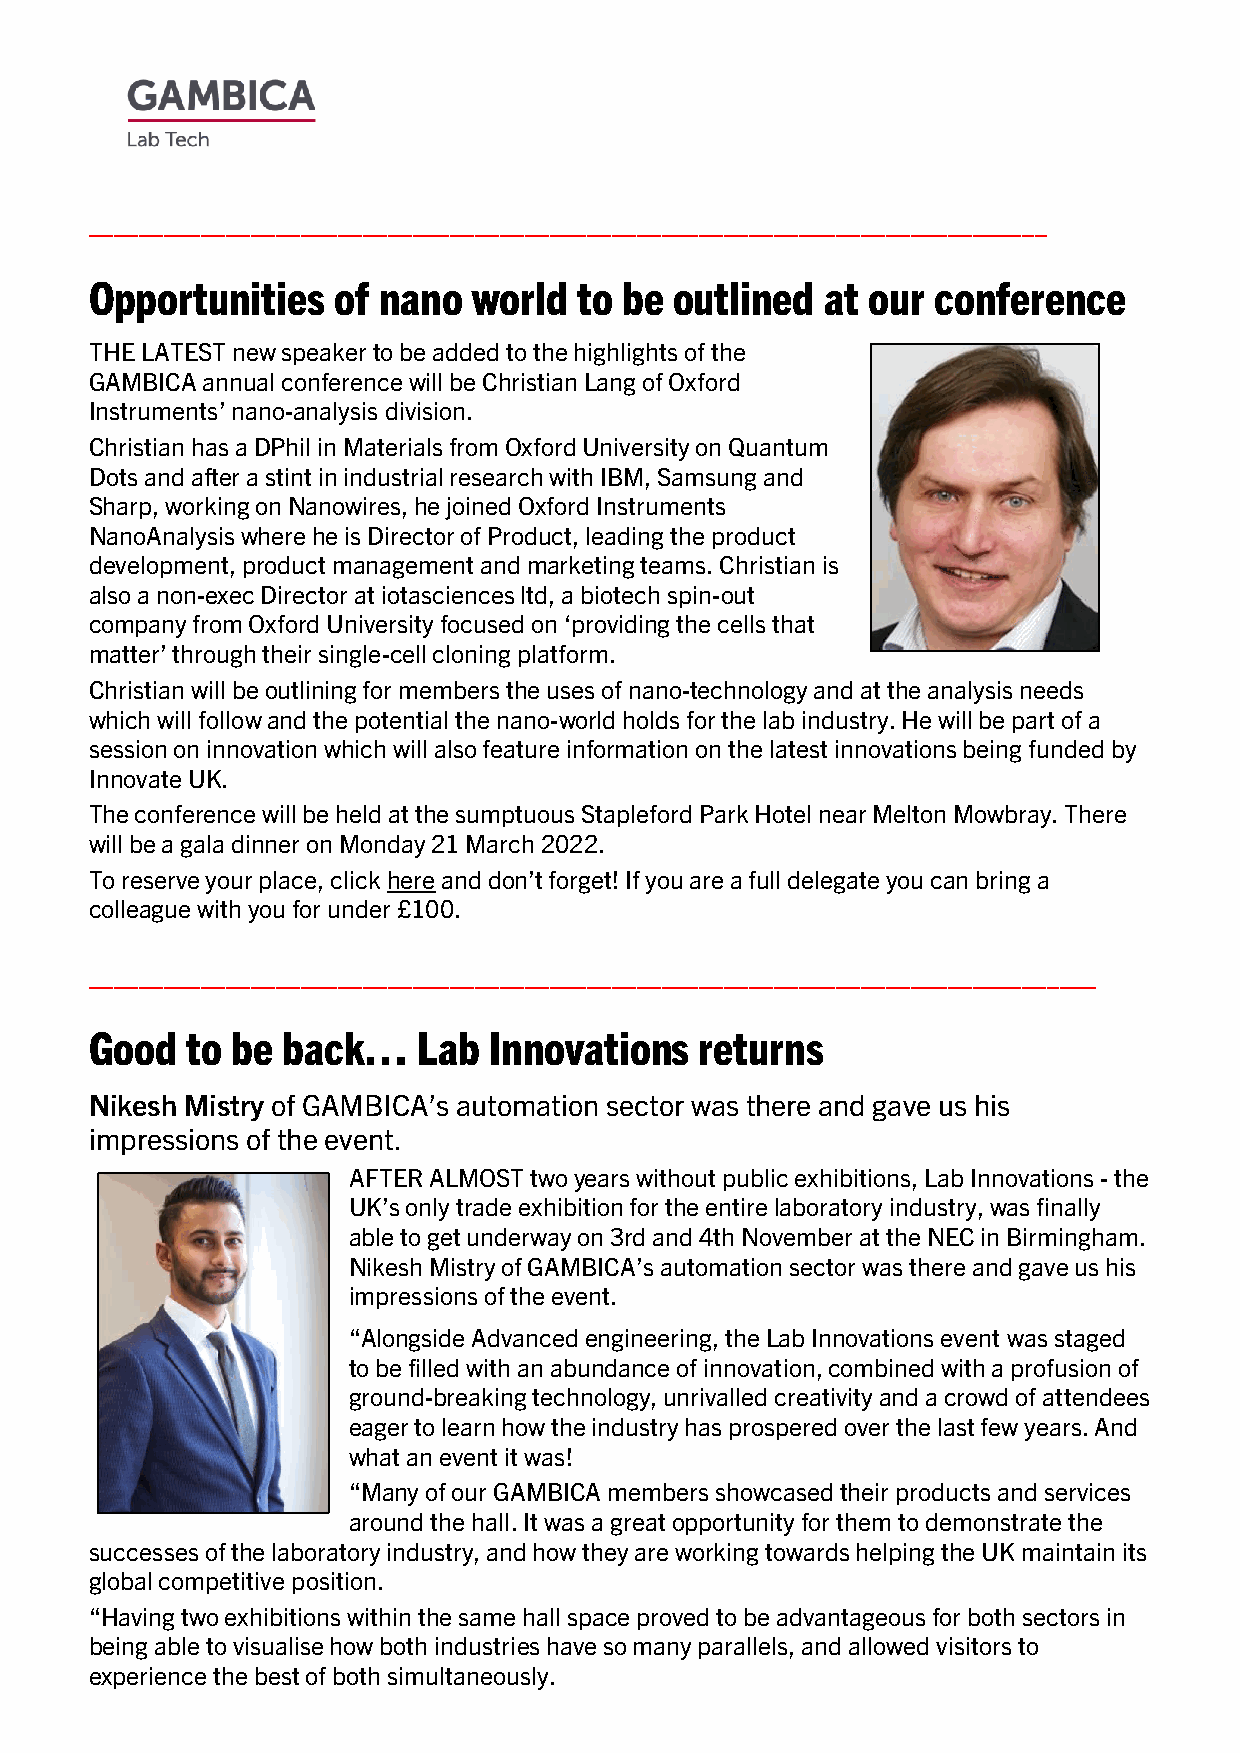
_____________________________________________________________________________
 Opportunities   of nano  world  to be  outlined  at our conference
 THE LATEST new speaker to be added to the highlights of the
 GAMBICA annual conference will be Christian Lang of Oxford
 Instruments’ nano-analysis division.
 Christian has a DPhil in Materials from Oxford University on Quantum
 Dots and after a stint in industrial research with IBM, Samsung and
 Sharp, working on Nanowires, he joined Oxford Instruments
 NanoAnalysis where he is Director of Product, leading the product
 development, product management and marketing teams. Christian is
 also a non-exec Director at iotasciences ltd, a biotech spin-out
 company from Oxford University focused on ‘providing the cells that
 matter’ through their single-cell cloning platform.
 Christian will be outlining for members the uses of nano-technology and at the analysis needs
 which will follow and the potential the nano-world holds for the lab industry. He will be part of a
 session on innovation which will also feature information on the latest innovations being funded by
 Innovate UK.
 The conference will be held at the sumptuous Stapleford Park Hotel near Melton Mowbray. There
 will be a gala dinner on Monday 21 March 2022.
 To reserve your place, click here and don’t forget! If you are a full delegate you can bring a
 colleague with you for under £100.
 _________________________________________________________________________________
 Good  to be  back…    Lab Innovations   returns
 Nikesh Mistry of GAMBICA’s automation sector was there and gave us his
 impressions of the event.
 AFTER ALMOST two years without public exhibitions, Lab Innovations - the
 UK’s only trade exhibition for the entire laboratory industry, was finally
 able to get underway on 3rd and 4th November at the NEC in Birmingham.
 Nikesh Mistry of GAMBICA’s automation sector was there and gave us his
 impressions of the event.
 “Alongside Advanced engineering, the Lab Innovations event was staged
 to be filled with an abundance of innovation, combined with a profusion of
 ground-breaking technology, unrivalled creativity and a crowd of attendees
 eager to learn how the industry has prospered over the last few years. And
 what an event it was!
 “Many of our GAMBICA members showcased their products and services
 around the hall. It was a great opportunity for them to demonstrate the
 successes of the laboratory industry, and how they are working towards helping the UK maintain its
 global competitive position.
 “Having two exhibitions within the same hall space proved to be advantageous for both sectors in
 being able to visualise how both industries have so many parallels, and allowed visitors to
 experience the best of both simultaneously.